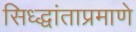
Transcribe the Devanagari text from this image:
सिध्द्धांताप्रमाणे